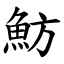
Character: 魴